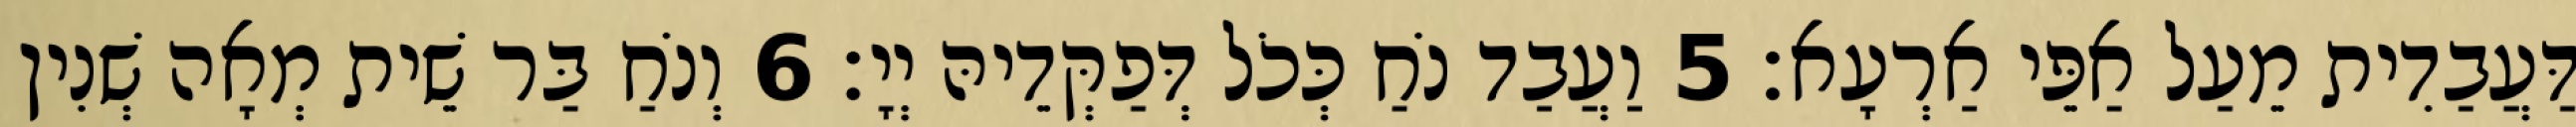
דַּעֲבַדִית מֵעַל אַפֵּי אַרְעָא׃ 5 וַעֲבַד נֹחַ כְּכֹל דְּפַקְּדֵיהּ יְיָ׃ 6 וְנֹחַ בַּר שֵׁית מְאָה שְׁנִין